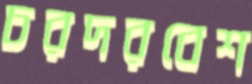
চরদরবেশ